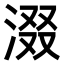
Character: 涰